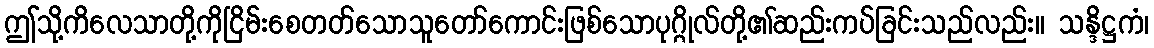
ဤသို့ကိလေသာတို့ကိုငြိမ်းစေတတ်သောသူတော်ကောင်းဖြစ်သောပုဂ္ဂိုလ်တို့၏ဆည်းကပ်ခြင်းသည်လည်း။ သန္ဒိဋ္ဌကံ၊